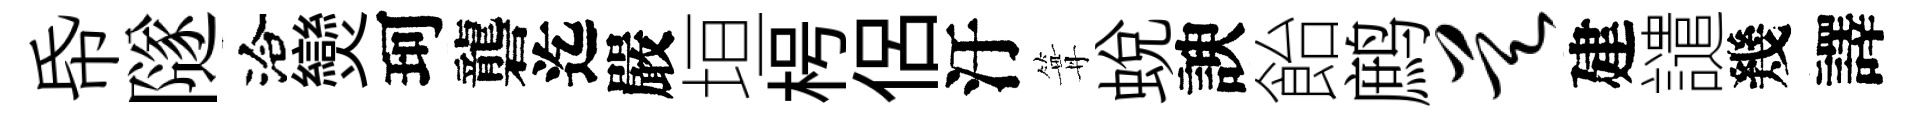
帋隧洽𤓖珂礱迄嚴垣枵侶汙篝蜕諛飴鹧昊建譴幾譯